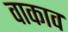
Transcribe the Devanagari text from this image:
वाकाव